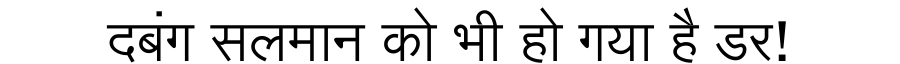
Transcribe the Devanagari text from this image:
दबंग सलमान को भी हो गया है डर!